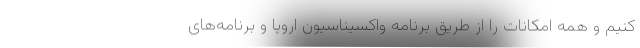
کنیم و همه امکانات را از طریق برنامه واکسیناسیون اروپا و برنامه‌های